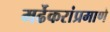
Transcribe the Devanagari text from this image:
मर्ढेकरांप्रमाणे